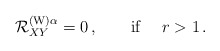
\begin{align*}{\cal R}^{({\rm W})\alpha} _{XY}=0\,,\qquad \mbox{if }\quad r>1\,.\end{align*}